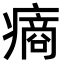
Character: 𤹟